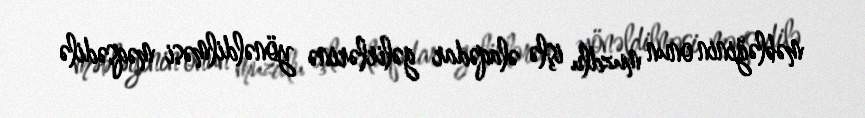
məbləğinin onun muzdlu işlə əlaqədar gəlirlərinə yönəldilməsi məqsədilə